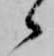
候